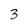
Character: 3